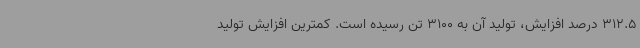
312.5 درصد افزایش، تولید آن به 3100 تن رسیده است. کمترین افزایش تولید